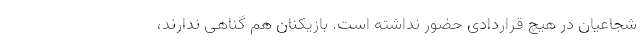
شجاعیان در هیچ قراردادی حضور نداشته است. بازیکنان هم گناهی ندارند،